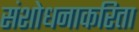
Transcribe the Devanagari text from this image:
संशोधनाकरिता